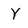
Character: Y